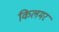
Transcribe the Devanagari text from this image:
किलमर